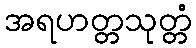
အရဟတ္တသုတ္တံ